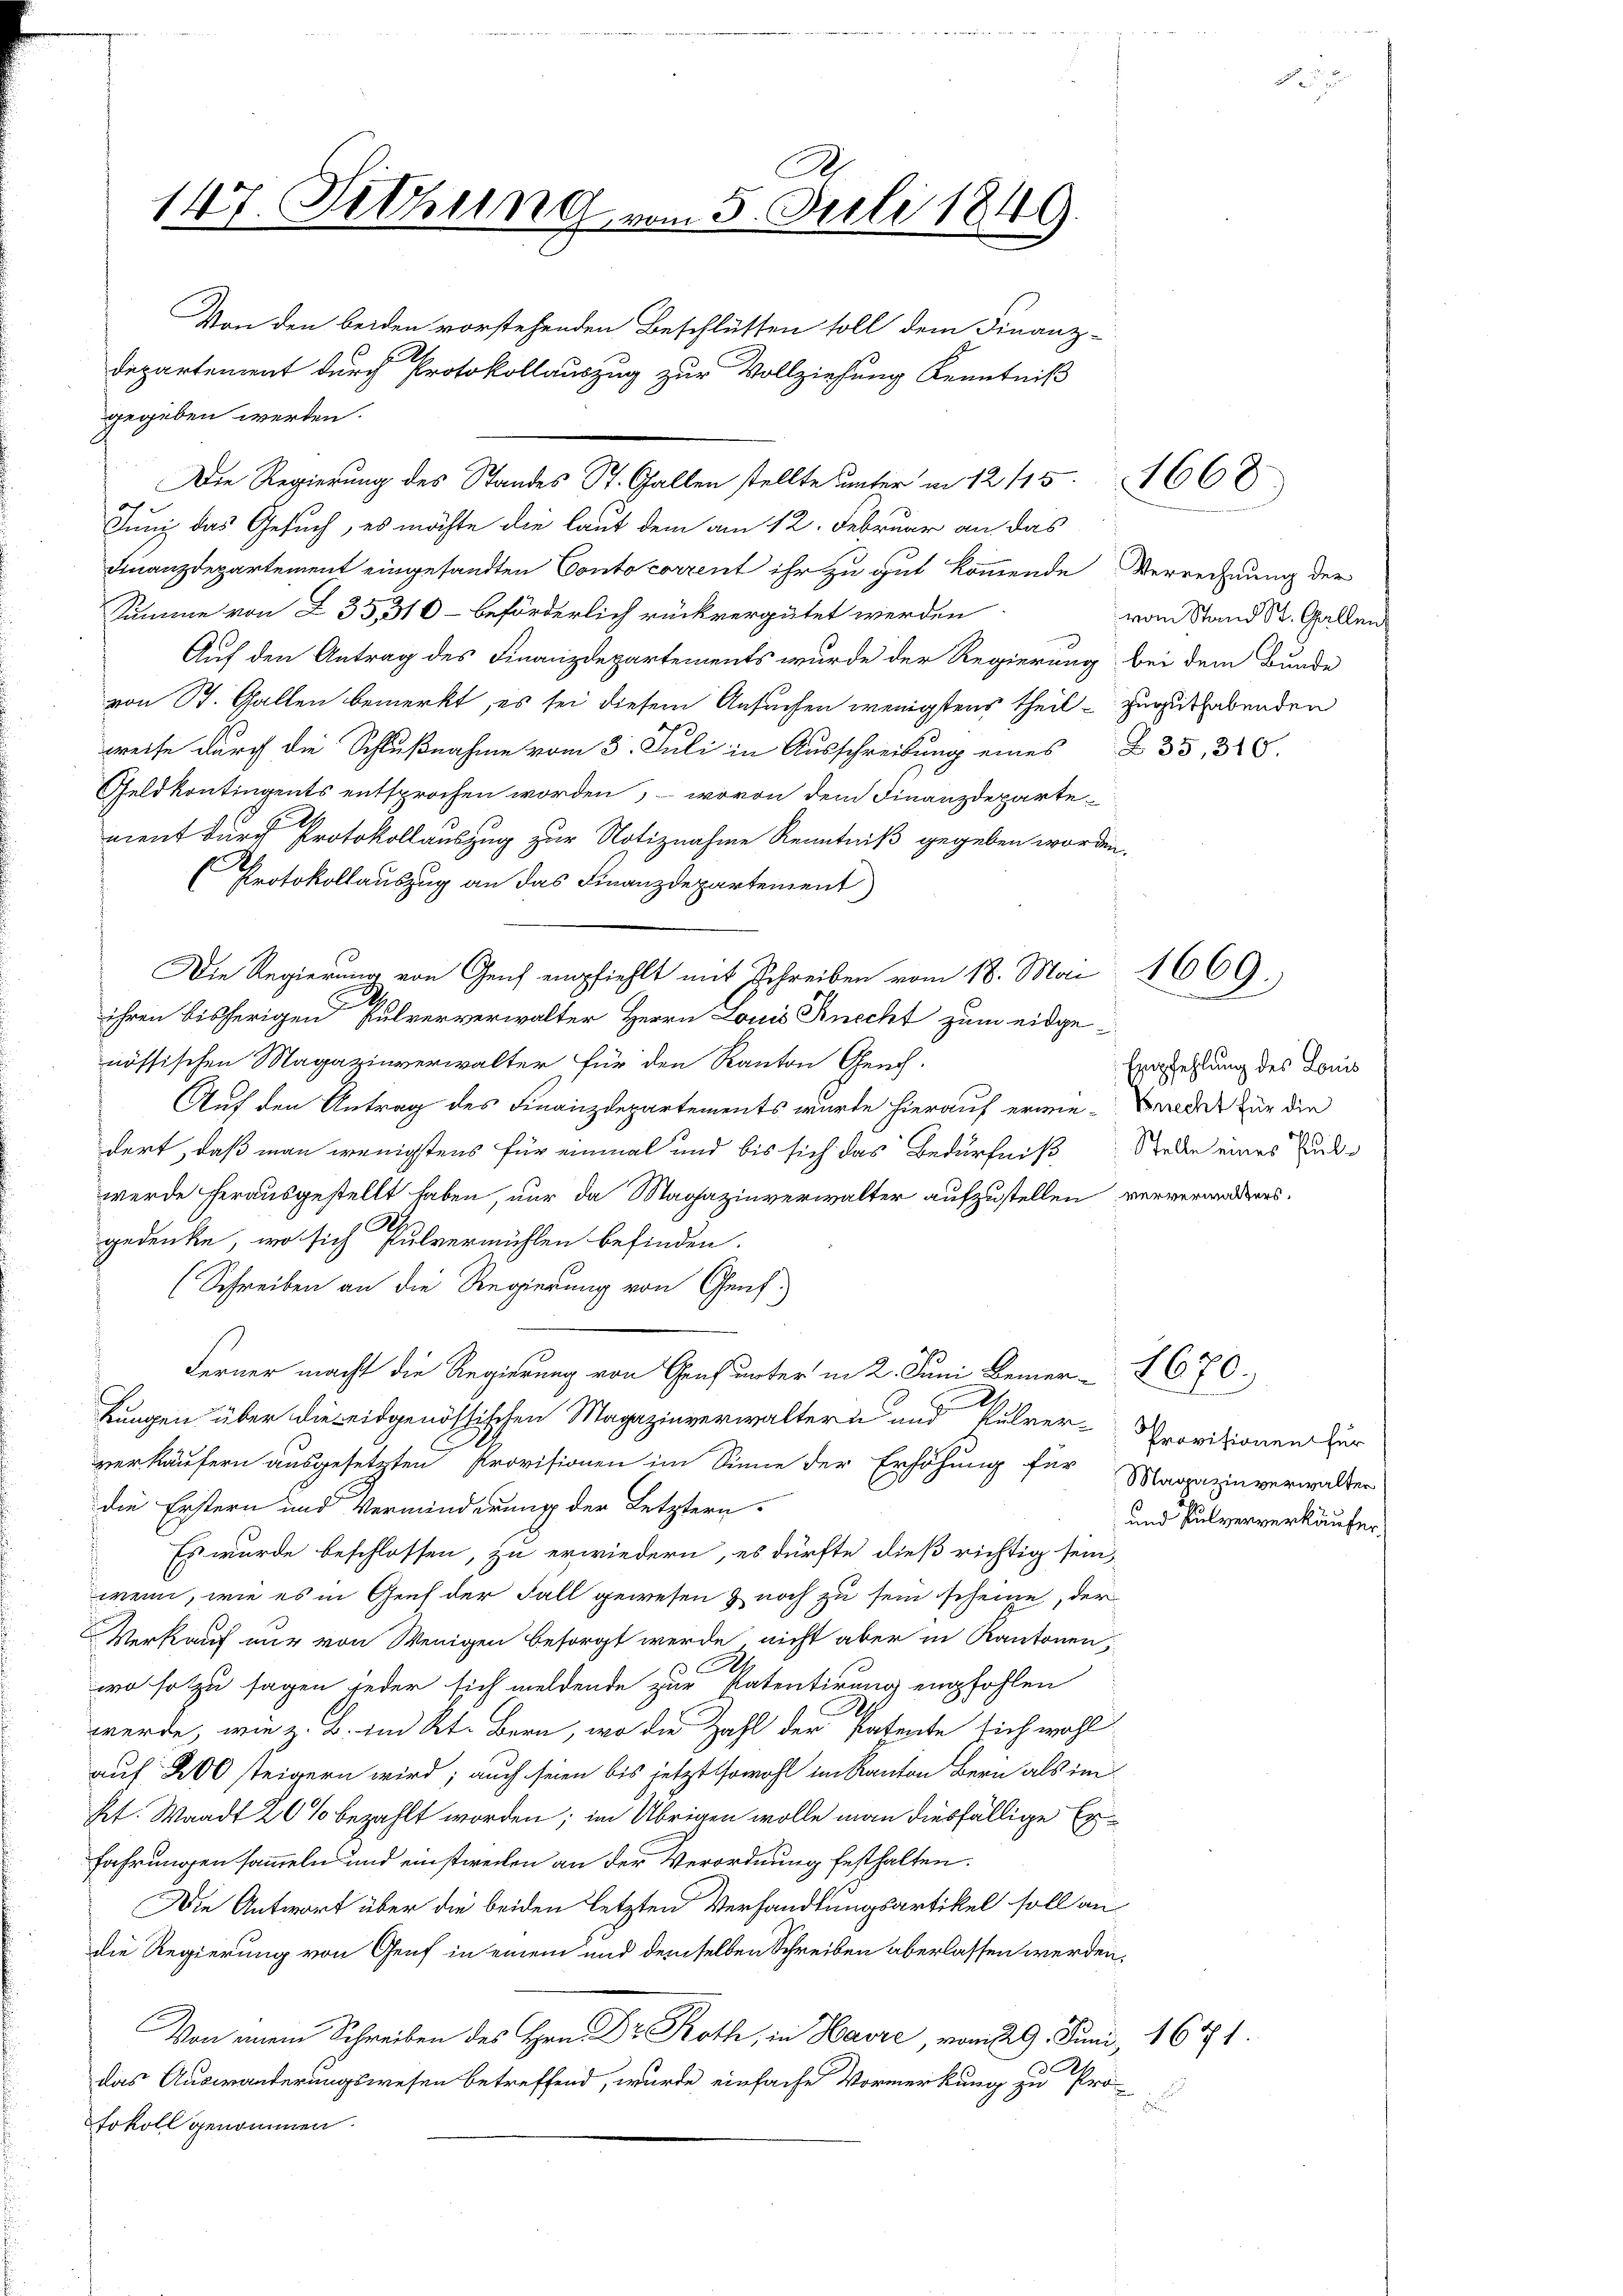
A
147. Setzung vom 5. Juli 1849.

gegeben werden.

Juni das Gesuch, es möchte die laut dem am 12. Februar an das
Finanzdepartement eingesandten Conto corrent ihr zu gut kommende Verrechnung der
Summe von Z 35, 310 – beförderlich rückvergütet werden
Auf den Antrag des Finanzdepartements wurde der Regierung bei dem Bunde
von St. Gallen bemerkt, es sei diesem Ansuchen wenigstens theil zuguthabenden
weise durch die Schlußnahme vom 3. Juli in Ausschreibung eines § 35, 318.
Geldkontingents entsprochen worden, – wovon dem Finanzdeparte
nient durch Protokollauszug zur Notiznahme Kenntniß gegeben worden.
Protokollauszug an das Finanzdepartement
Die Regierung von Genf empfiehlt mit Schreiben vom 18. Mai
.
C
ihren bisherigen Pulververwalter Herrn Louis Knecht zum eidgenössischen Magazinverwalter für den Kanton Geneh-
Auf den Antrag des Finanzdepartements wurde hierauf erwie-Walder für die
dert, daß man wenigstens für einmal und bis sich das Bedürfniß Rede eines Ludwerde herausgestellt haben, nur da Magazinverwalter aufzustellen ververwalters.
gedenke, wo sich Pulvermühlen befinden.
(Schreiben an die Regierung von Genf.
Ferner macht die Regierung von Genf unter in 2. Juni keiner 2670.
2
kungen über die eidgenössischen Magazinverwaltern und kulrer-Provisionen für
verkäufern ausgesetzten Provisionen im Sinne der Erhöhung für Magazinverwalter
die Erstern und Verminderung der Letztern-
Es wurde beschlossen, zu erwiedern, es dürfte dieß richtig sein,
wenn, wie es in Gent der Fall gewesen & noch zu sein scheine, der
Verkauf nur von Wenigen besorgt werde nicht aber in Kantonen,
s
wo solzu sagen jeder sich meldende zur Patentirung empfohlen
werde, wie z. B. im Kt. Bern, wo die Zahl der Patente sich wohl
auf 200 steigern wird; auch seien bis jetzt sowohl im Kanton Bern als im
Pt. Waadt 20 % bezahlt worden; im Übrigen wolle man diesfällige Exfahrungen sammeln und einstweilen an der Verordnung festhalten.
Die Antwort über die beiden letzten Verhandlungsartikel soll an
die Regierung von Genf in einem und demselben Schreiben aberlassen werden,
 Schreibe er, in Havre, vom 29. Juni 1671.
das Auswanderungswesen betreffend, wurde einfache Vormerkung zu Pro-
d
fokoll genommen.

Von den beiden vorstehenden Beschlüssen soll dem Finanz-
Departement durch Protokollauszug zur Vollziehung Kenntniß

Die Regierung des Standes St. Gallen stellte unter in 12115 1668

vom Stand St. Gallen

Empfehlung des Louis

und Pulververkäufer.

1669.
.